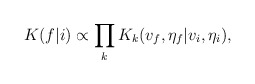
\begin{align*}K(f|i) \propto \prod_k K_k(v_f, \eta_f | v_i, \eta_i),\end{align*}